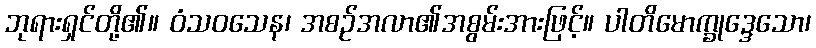
ဘုရားရှင်တို့၏။ ဝံသဝသေန၊ အစဉ်အလာ၏အစွမ်းအားဖြင့်။ ပါတိမောက္ခုဒ္ဒေသော၊